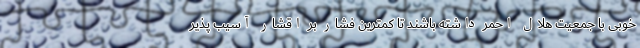
خوبی با جمعیت هلال احمر داشته باشند تا کمترین فشار بر اقشار آسیب پذیر